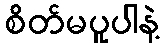
စိတ်မပူပါနဲ့